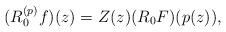
LaTeX: \begin{align*} (R_0^{(p)}f)(z)=Z(z)(R_0F)(p(z)),\end{align*}